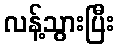
လန့်သွားပြီး